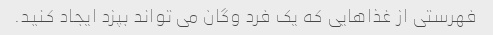
فهرستی از غذاهایی که یک فرد وگان می تواند بپزد ایجاد کنید.